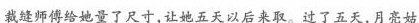
裁缝师傅给她量了尺寸，让她五天以后来取。过了五天，月亮姑